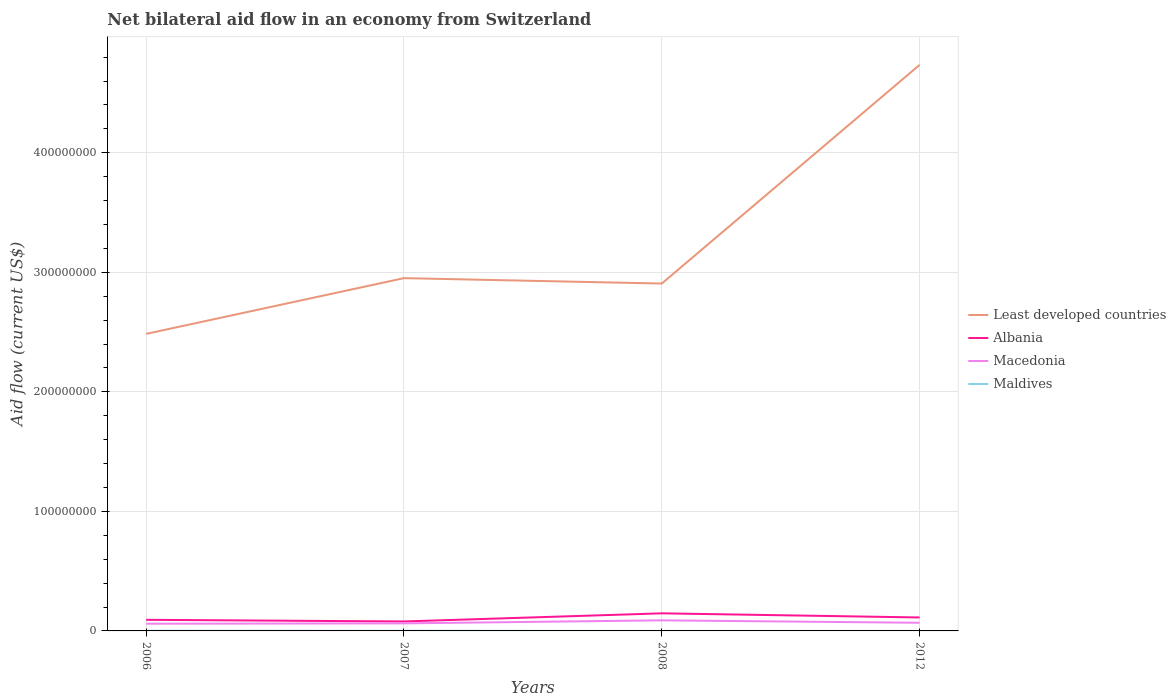
| Years | Least developed countries | Albania | Macedonia | Maldives |
 | --- | --- | --- | --- | --- |
 | 2006 | 2.49e+08 | 9.3e+06 | 6.03e+06 | 1.2e+05 |
 | 2007 | 2.95e+08 | 7.91e+06 | 6.31e+06 | 1e+05 |
 | 2008 | 2.91e+08 | 1.47e+07 | 8.85e+06 | 1e+04 |
 | 2012 | 4.74e+08 | 1.13e+07 | 6.82e+06 | 3e+04 |